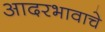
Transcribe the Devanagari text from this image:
आदरभावाचे